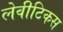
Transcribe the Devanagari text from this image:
लेवीटिकस